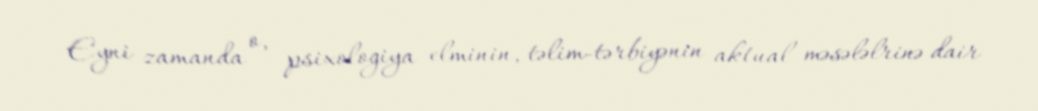
Eyni zamanda o, psixologiya elminin, təlim-tərbiyənin aktual məsələlrinə dair